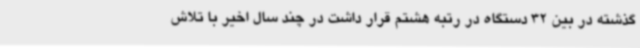
گذشته در بین 32 دستگاه در رتبه هشتم قرار داشت در چند سال اخیر با تلاش